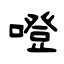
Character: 噔